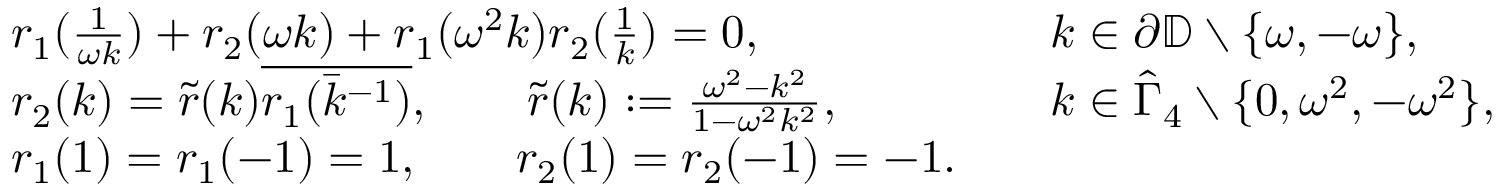
\begin{array} { r l r l } & { r _ { 1 } ( \frac { 1 } { \omega k } ) + r _ { 2 } ( \omega k ) + r _ { 1 } ( \omega ^ { 2 } k ) r _ { 2 } ( \frac { 1 } { k } ) = 0 , } & & { k \in \partial \mathbb { D } \setminus \{ \omega , - \omega \} , } \\ & { r _ { 2 } ( k ) = \tilde { r } ( k ) \overline { { r _ { 1 } ( \bar { k } ^ { - 1 } ) } } , \qquad \tilde { r } ( k ) : = \frac { \omega ^ { 2 } - k ^ { 2 } } { 1 - \omega ^ { 2 } k ^ { 2 } } , } & & { k \in \hat { \Gamma } _ { 4 } \setminus \{ 0 , \omega ^ { 2 } , - \omega ^ { 2 } \} , } \\ & { r _ { 1 } ( 1 ) = r _ { 1 } ( - 1 ) = 1 , \qquad r _ { 2 } ( 1 ) = r _ { 2 } ( - 1 ) = - 1 . } \end{array}